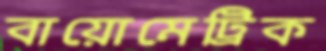
বায়োমেট্রিক